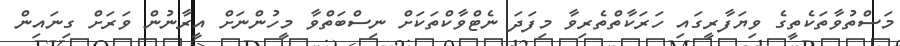
މަސްތުވާތަކެތީގެ ވިޔަފާރީގައި ހަރަކާތްތެރިވާ މިފަދަ ނެޓްވާކްތަކަށް ނިސްބަތްވާ މީހުންނަށް އީރާނުން ވަރަށް ގިނައިން